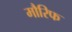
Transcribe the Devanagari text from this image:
मौरिफ